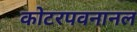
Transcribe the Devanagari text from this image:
कोटरपवनानल